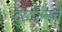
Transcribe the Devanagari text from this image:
दुरदर्शनचे